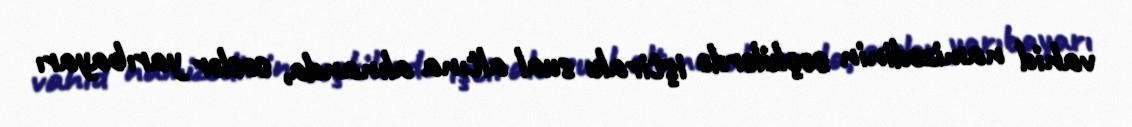
vahid namizədinin seçkilərdə iştirakı sual altına alınanda, səslər yarıbayarı